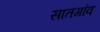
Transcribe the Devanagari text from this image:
सातगांव